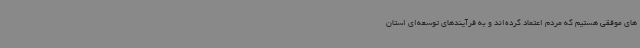
های موفقی هستیم که مردم اعتماد کرده‌اند و به فرآیندهای توسعه‌ای استان